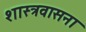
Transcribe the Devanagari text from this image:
शास्त्रवासना